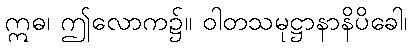
ဣဓ၊ ဤလောက၌။ ဝါတသမုဋ္ဌာနာနိပိခေါ၊